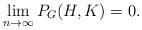
\begin{align*}\lim_{n \to \infty} P_G(H,K) = 0.\end{align*}